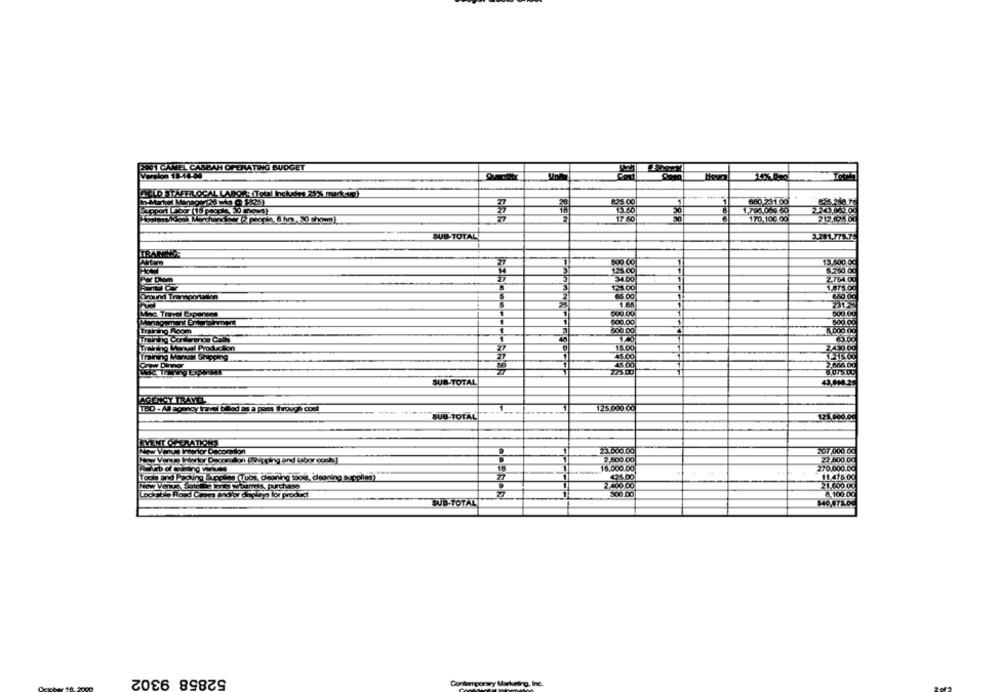
H CAMEL CASBAH OPERATING BUDGET
108. 00
980-100
170.100 09
SUB-TOTAL
0 00
2.754.00
500.00
500 00
Pind
7430.00
5.00
2866.00
SUB-TOTAL
TBD - Al agancy friend blod as a pass Through cond
25.000 0℃
125 000.00
EVENT OFFRATIONS
w Venue Itworlor Decomion
207.000.00
2,500 00
22,500.00
18,000.00
270,000.00
ola and P
Supplies (Tuos, Oraning tools, cleaning supplies)
11.415.00
New Venue.
Whats, Purchase
21.600.00
a and/or doplnya for product
8.100 00
SUB-TOTAL
52858 9302
Cont